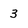
Character: 3